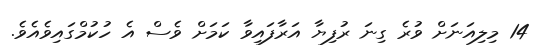
14 މިލިއަނަށް ވުރެ ގިނަ ރުފިޔާ އަރާފައިވާ ކަމަށް ވެސް އެ ހުކުމްގައިވެއެވެ.